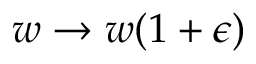
w \rightarrow w ( 1 + \epsilon )